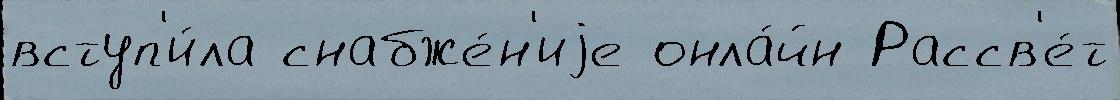
вступ'и́ла снабже́н'иjе онла́йн Рассв'е́т